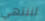
لننتهي